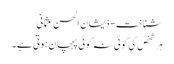
شناخت - ذیشان الحسن عثمانی
ہر شخص کی کوئی نہ کوئی پہچان ہوتی ہے۔